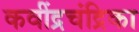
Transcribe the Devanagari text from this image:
कवींद्रचंद्रिका